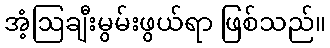
အံ့ဩချီးမွမ်းဖွယ်ရာ ဖြစ်သည်။